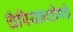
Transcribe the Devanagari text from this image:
चँपियनशीपचे